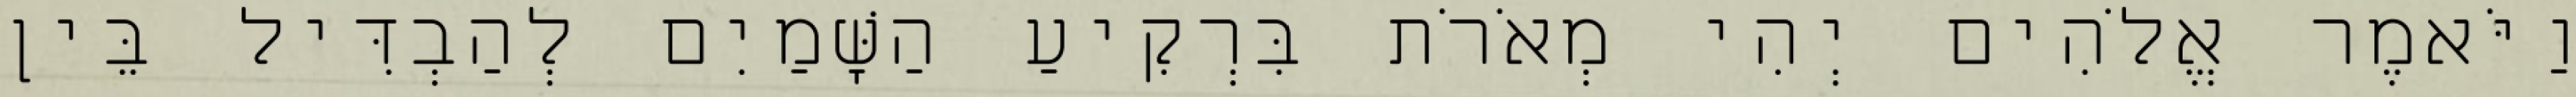
וַיֹּאמֶר אֱלֹהִים יְהִי מְאֹרֹת בִּרְקִיעַ הַשָּׁמַיִם לְהַבְדִּיל בֵּין